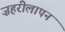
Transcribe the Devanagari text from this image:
ज़हरीलापन